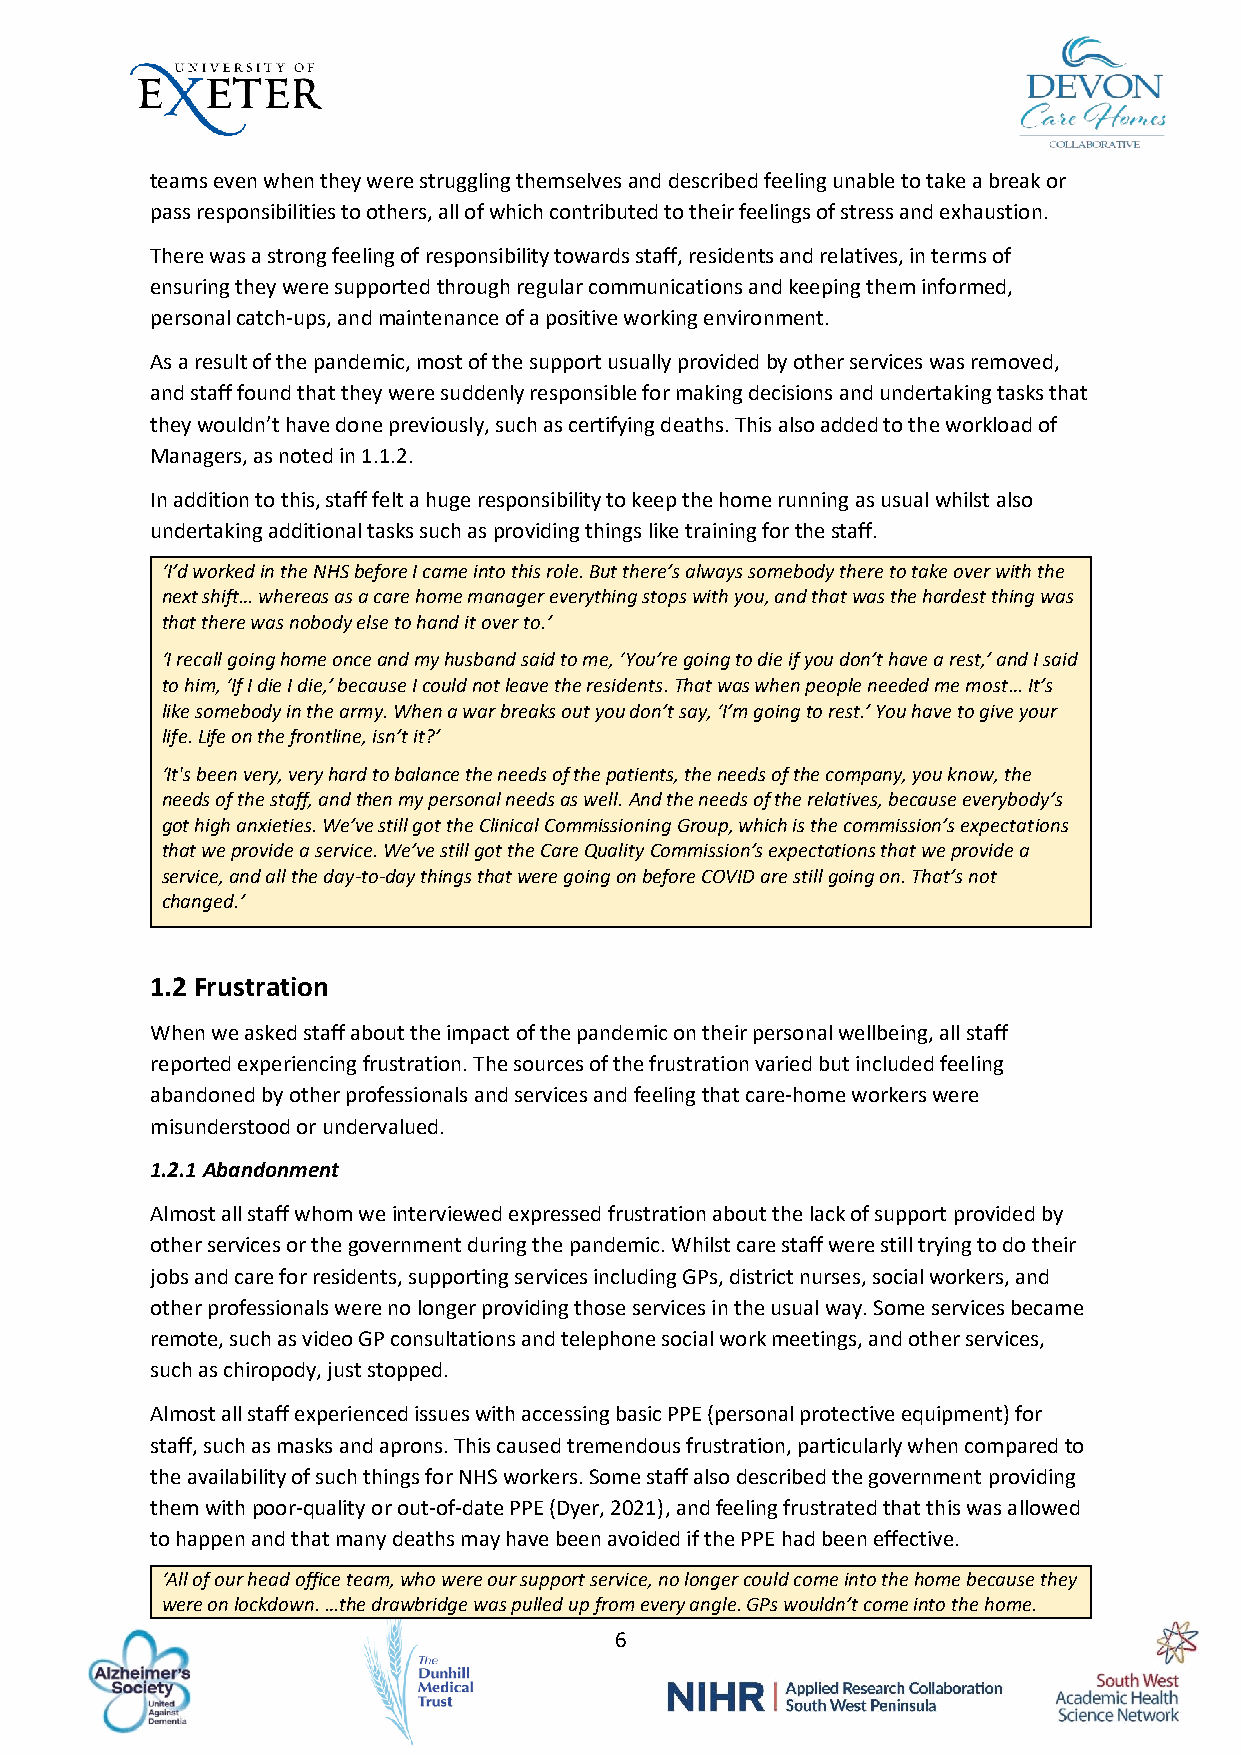
teams even when they were struggling themselves and described feeling unable to take a break or
 pass responsibilities to others, all of which contributed to their feelings of stress and exhaustion.
 There was a strong feeling of responsibility towards staff, residents and relatives, in terms of
 ensuring they were supported through regular communications and keeping them informed,
 personal catch-ups, and maintenance of a positive working environment.
 As a result of the pandemic, most of the support usually provided by other services was removed,
 and staff found that they were suddenly responsible for making decisions and undertaking tasks that
 they wouldn’t have done previously, such as certifying deaths. This also added to the workload of
 Managers, as noted in 1.1.2.
 In addition to this, staff felt a huge responsibility to keep the home running as usual whilst also
 undertaking additional tasks such as providing things like training for the staff.
 ‘I’d worked in the NHS before I came into this role. But there’s always somebody there to take over with the
 next shift… whereas as a care home manager everything stops with you, and that was the hardest thing was
 that there was nobody else to hand it over to.’
 ‘I recall going home once and my husband said to me, ‘You’re going to die if you don’t have a rest,’ and I said
 to him, ‘If I die I die,’ because I could not leave the residents. That was when people needed me most… It’s
 like somebody in the army. When a war breaks out you don’t say, ‘I’m going to rest.’ You have to give your
 life. Life on the frontline, isn’t it?’
 ‘It's been very, very hard to balance the needs of the patients, the needs of the company, you know, the
 needs of the staff, and then my personal needs as well. And the needs of the relatives, because everybody’s
 got high anxieties. We’ve still got the Clinical Commissioning Group, which is the commission’s expectations
 that we provide a service. We’ve still got the Care Quality Commission’s expectations that we provide a
 service, and all the day-to-day things that were going on before COVID are still going on. That’s not
 changed.’
 1.2 Frustration
 When we asked staff about the impact of the pandemic on their personal wellbeing, all staff
 reported experiencing frustration. The sources of the frustration varied but included feeling
 abandoned by other professionals and services and feeling that care-home workers were
 misunderstood or undervalued.
 1.2.1 Abandonment
 Almost all staff whom we interviewed expressed frustration about the lack of support provided by
 other services or the government during the pandemic. Whilst care staff were still trying to do their
 jobs and care for residents, supporting services including GPs, district nurses, social workers, and
 other professionals were no longer providing those services in the usual way. Some services became
 remote, such as video GP consultations and telephone social work meetings, and other services,
 such as chiropody, just stopped.
 Almost all staff experienced issues with accessing basic PPE (personal protective equipment) for
 staff, such as masks and aprons. This caused tremendous frustration, particularly when compared to
 the availability of such things for NHS workers. Some staff also described the government providing
 them with poor-quality or out-of-date PPE (Dyer, 2021), and feeling frustrated that this was allowed
 to happen and that many deaths may have been avoided if the PPE had been effective.
 ‘All of our head office team, who were our support service, no longer could come into the home because they
 were on lockdown. …the drawbridge was pulled up from every angle. GPs wouldn’t come into the home.
 6